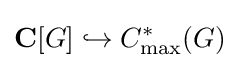
\mathbf {C} [G]\hookrightarrow C_{\max }^{*}(G)